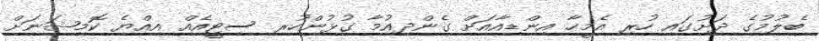
ބެލުމުގެ ދަށުގައި ހުރި އެމީހާ އިންޑިއާއަށް ގެންދިއުމާ ގުޅުންހުރި ސިޓީއެއް އިއްޔެ ކޮމިޝަނަށް